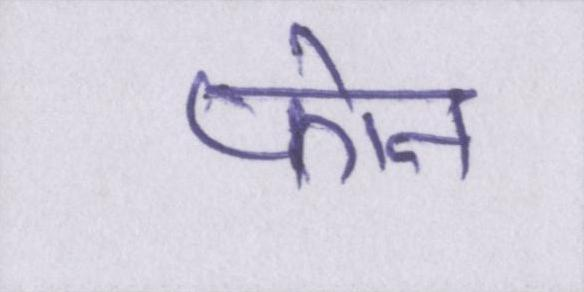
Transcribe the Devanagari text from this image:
फोन